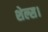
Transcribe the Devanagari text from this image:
शेल्स।